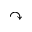
\curvearrowright